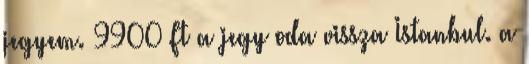
jegyem. 9900 Ft a jegy oda vissza Istanbul. a